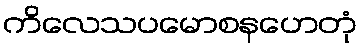
ကိလေသပမောစနဟေတုံ